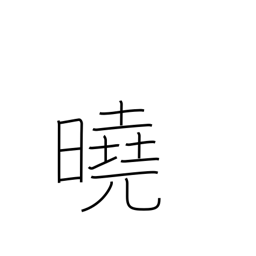
Meaning: explicit